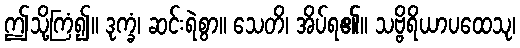
ဤသို့ကြံ၍။ ဒုက္ခံ၊ ဆင်းရဲစွာ။ သေတိ၊ အိပ်ရ၏။ သဗ္ဗိရိယာပထေသု၊